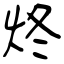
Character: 炵